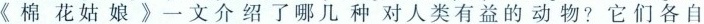
《棉花姑娘》一文介绍了哪几种对人类有益的动物？它们各自